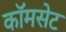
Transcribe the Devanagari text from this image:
कॉमसेट